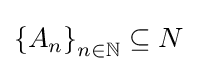
\left\{A_{n}\right\}_{n\in \mathbb {N} }\subseteq N